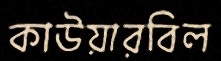
কাউয়ারবিল